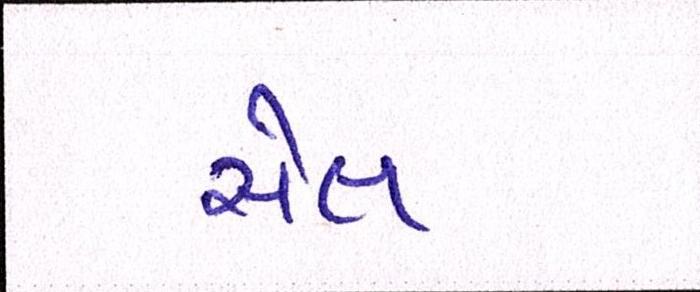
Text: સેલ